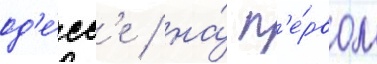
од'е́сс'е / на́ п'е́рвом